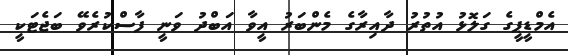
އެމްޑީޕީގެ ގަލޮޅު އުތުރު ދާއިރާގެ މެންބަރު އީވާ އަބްދު ވަނީ ފާސްކުރެވޭ ބަޖެޓަކީ